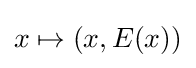
x\mapsto (x,E(x))